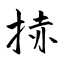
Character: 捇